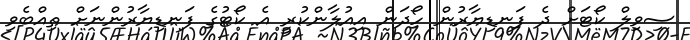
ސިވިލް ކޯޓަށް ދެ ފަނޑިޔާރުން ހޯދަން އިއުލާންކުރީ އެ ކޯޓުގެ ފަނޑިޔާރުންނަށް ތިއްބެވި